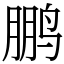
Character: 鹏